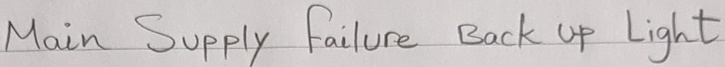
Text: Main Supply failure Back up Light